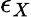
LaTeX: \epsilon_{X}